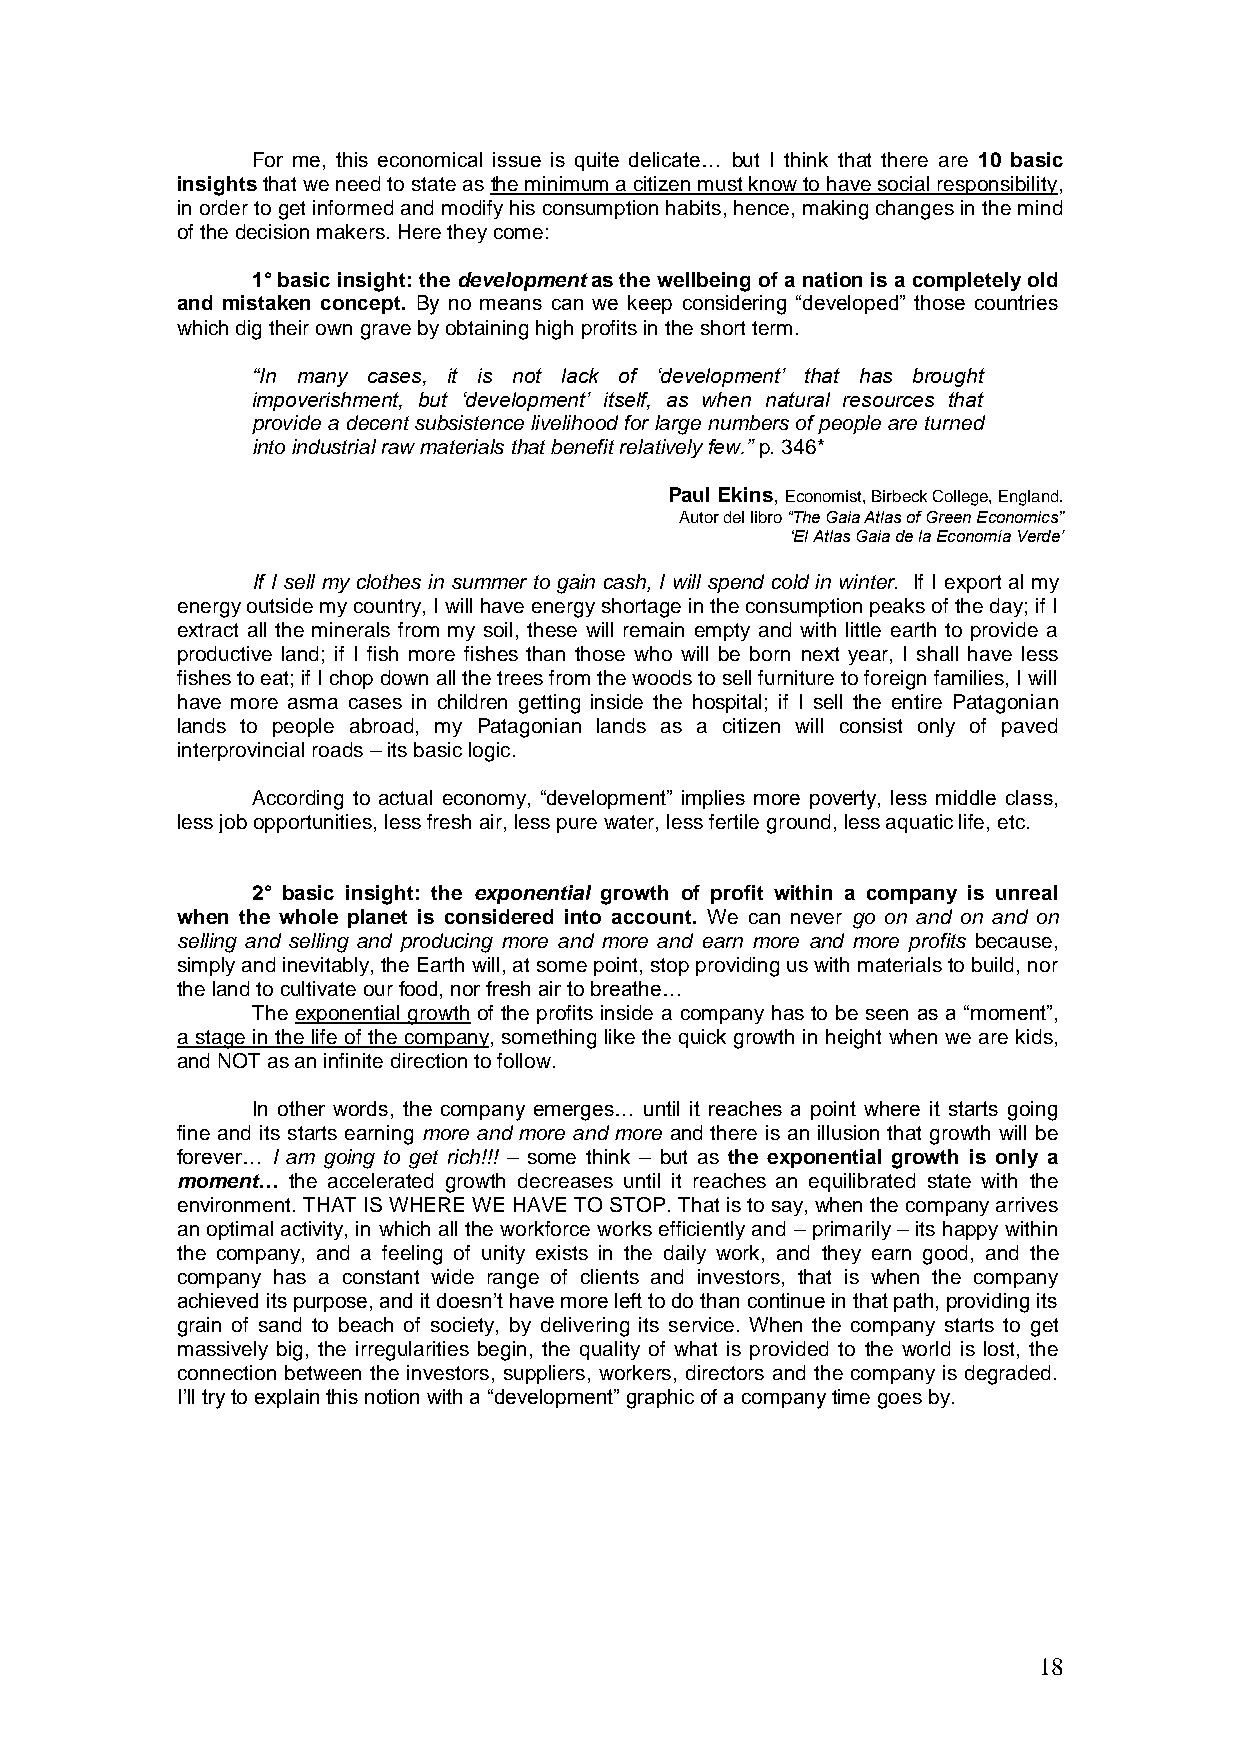
For me, this economical issue is quite delicate… but I think that there are 10 basic
 insights that we need to state as the minimum a citizen must know to have social responsibility,
 in order to get informed and modify his consumption habits, hence, making changes in the mind
 of the decision makers. Here they come:
 1° basic insight: the development as the wellbeing of a nation is a completely old
 and mistaken concept. By no means can we keep considering ―developed‖ those countries
 which dig their own grave by obtaining high profits in the short term.
 “In many cases, it is not lack of „development‟ that has brought
 impoverishment, but „development‟ itself, as when natural resources that
 provide a decent subsistence livelihood for large numbers of people are turned
 into industrial raw materials that benefit relatively few.” p. 346*
 Paul Ekins, Economist, Birbeck College, England.
 Autor del libro “The Gaia Atlas of Green Economics”
 „El Atlas Gaia de la Economía Verde‟
 If I sell my clothes in summer to gain cash, I will spend cold in winter. If I export al my
 energy outside my country, I will have energy shortage in the consumption peaks of the day; if I
 extract all the minerals from my soil, these will remain empty and with little earth to provide a
 productive land; if I fish more fishes than those who will be born next year, I shall have less
 fishes to eat; if I chop down all the trees from the woods to sell furniture to foreign families, I will
 have more asma cases in children getting inside the hospital; if I sell the entire Patagonian
 lands to people abroad, my Patagonian lands as a citizen will consist only of paved
 interprovincial roads – its basic logic.
 According to actual economy, ―development‖ implies more poverty, less middle class,
 less job opportunities, less fresh air, less pure water, less fertile ground, less aquatic life, etc.
 2° basic insight: the exponential growth of profit within a company is unreal
 when the whole planet is considered into account. We can never go on and on and on
 selling and selling and producing more and more and earn more and more profits because,
 simply and inevitably, the Earth will, at some point, stop providing us with materials to build, nor
 the land to cultivate our food, nor fresh air to breathe…
 The exponential growth of the profits inside a company has to be seen as a ―moment‖,
 a stage in the life of the company, something like the quick growth in height when we are kids,
 and NOT as an infinite direction to follow.
 In other words, the company emerges… until it reaches a point where it starts going
 fine and its starts earning more and more and more and there is an illusion that growth will be
 forever… I am going to get rich!!! – some think – but as the exponential growth is only a
 moment… the accelerated growth decreases until it reaches an equilibrated state with the
 environment. THAT IS WHERE WE HAVE TO STOP. That is to say, when the company arrives
 an optimal activity, in which all the workforce works efficiently and – primarily – its happy within
 the company, and a feeling of unity exists in the daily work, and they earn good, and the
 company has a constant wide range of clients and investors, that is when the company
 achieved its purpose, and it doesn’t have more left to do than continue in that path, providing its
 grain of sand to beach of society, by delivering its service. When the company starts to get
 massively big, the irregularities begin, the quality of what is provided to the world is lost, the
 connection between the investors, suppliers, workers, directors and the company is degraded.
 I’ll try to explain this notion with a ―development‖ graphic of a company time goes by.
 18